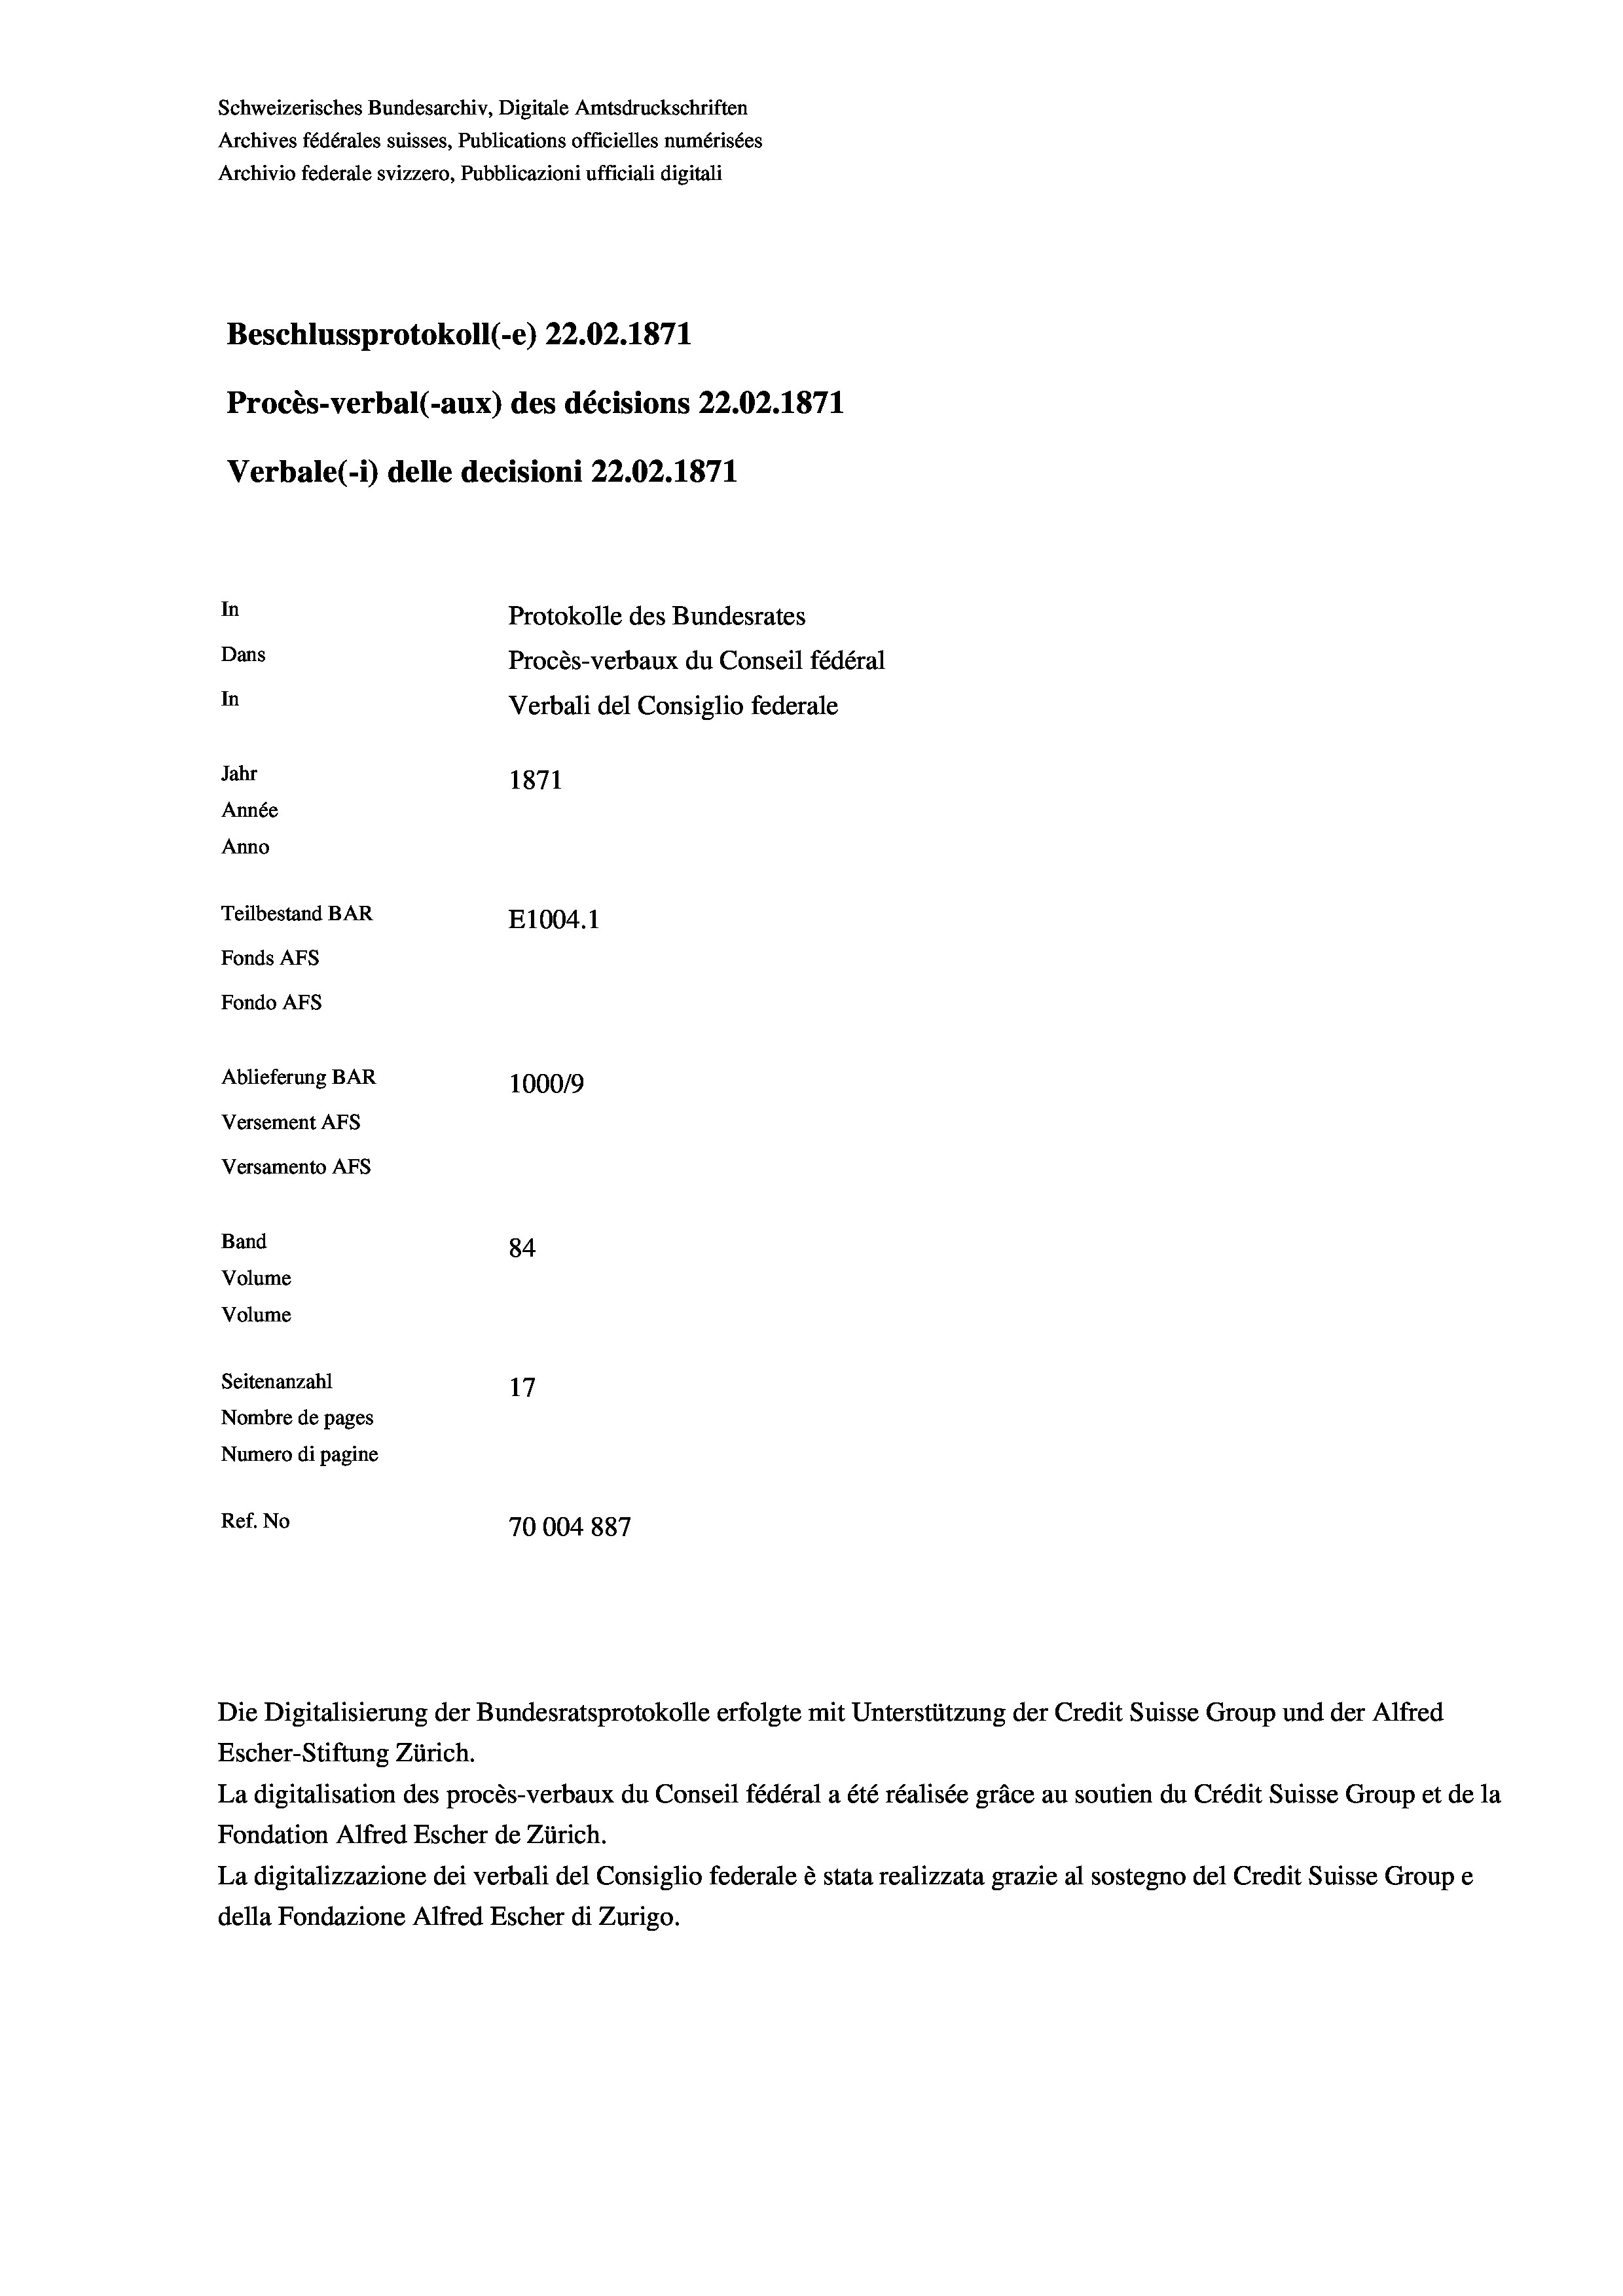
Schweizerisches Bundesarchiv, Digitale Amtsdruckschriften
Archives fédérales suisses, Publications officielles numérisées
Archivio federale svizzero, Pubblicazioni ufficiali digitali
Beschlussprotokoll (-e) 22.02. 1871
Procès-verbal (-aux) des décisions 22.02.1871
Verbale (- 1) delle decisioni 22.02. 1871
In
Protokolle des Bundesrates
Dans
Procès-verbaux du Conseil fédéral
In
Verbali del Consiglio federale
Jahr
1871
Année
Anno
Teilbestand BAR
E1004. 1
Fonds AFs
Fondo AFs

Ablieferung BAR
Versement Abs
Versamento Afs
Band
Volume
Volume

100019
84
Seitenanzahl
17
Nombre de pages
Numero di pagine
Ref. No
70004 887

Die Digitalisierung der Bundesratsprotokolle erfolgte mit Unterstützung der Credit Suisse Group und der Alfred
Escher-Stiftung Zürich.
La digitalisation des procès-verbaux du Conseil fédéral a été réalisée gräce au soutien du Crédit Suisse Group et de la
Fondation Alfred Escher de Zürich.
La digitalizzazione dei verbali del Consiglio federale è stata realizzata grazie al sostegno del Credit Suisse Groupe
della Fondazione Alfred Escher di Zurigo.